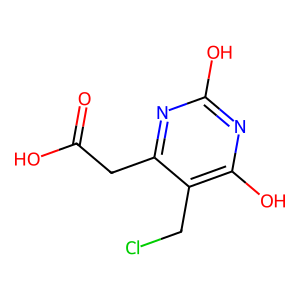
SMILES: O=C(O)Cc1nc(O)nc(O)c1CCl
Inhibits HIV replication: No